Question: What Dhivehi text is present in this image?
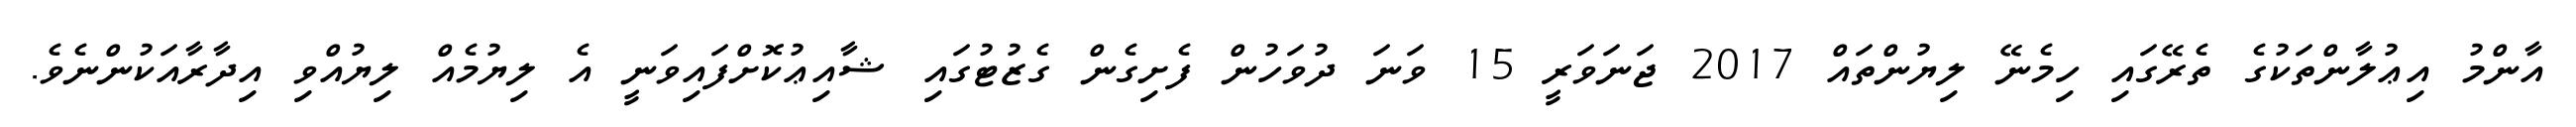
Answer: އާންމު އިޢުލާންތަކުގެ ތެރޭގައި ހިމެނޭ ލިޔުންތައް 2017 ޖަނަވަރީ 15 ވަނަ ދުވަހުން ފެށިގެން ގެޒުޓުގައި ޝާއިޢުކޮށްފައިވަނީ އެ ލިޔުމެއް ލިޔުއްވި އިދާރާއަކުންނެވެ.